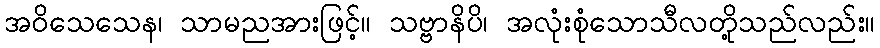
အဝိသေသေန၊ သာမညအားဖြင့်။ သဗ္ဗာနိပိ၊ အလုံးစုံသောသီလတို့သည်လည်း။